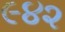
૯૪૨